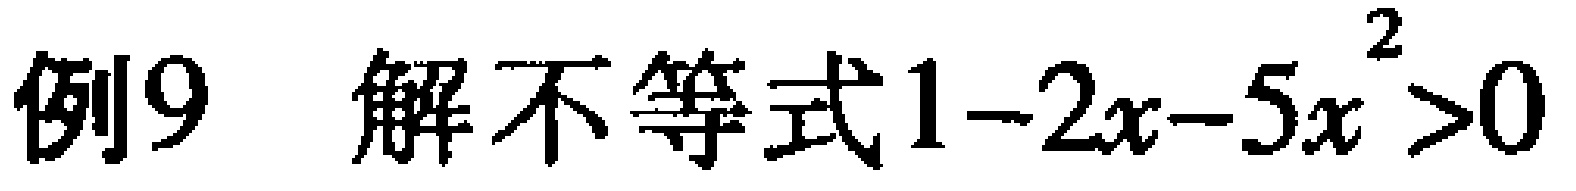
例9 解不等式\(1 - 2x - 5x^{2} > 0\)